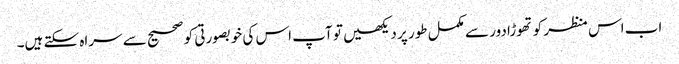
اب اس منظر کو تھوڑا دور سے مکمل طور پر دیکھیں تو آپ اس کی خوبصورتی کو صحیح سے سراہ سکتے ہیں۔